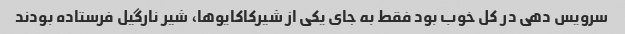
سرویس دهی در کل خوب بود فقط به جای یکی از شیرکاکایوها، شیر نارگیل فرستاده بودند